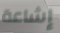
إشاعة